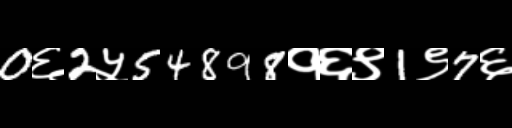
Text: 0६2५54898१६९1९7६